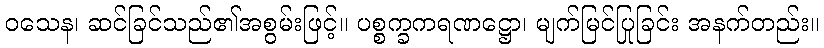
ဝသေန၊ ဆင်ခြင်သည်၏အစွမ်းဖြင့်။ ပစ္စက္ခကရဏဋ္ဌော၊ မျက်မြင်ပြုခြင်း အနက်တည်း။